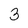
Character: 3